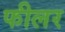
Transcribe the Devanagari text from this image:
फीलर